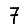
Digit: 7